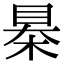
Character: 㮂